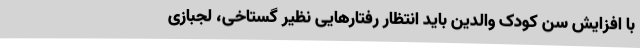
با افزایش سن کودک والدین باید انتظار رفتارهایی نظیر گستاخی، لجبازی